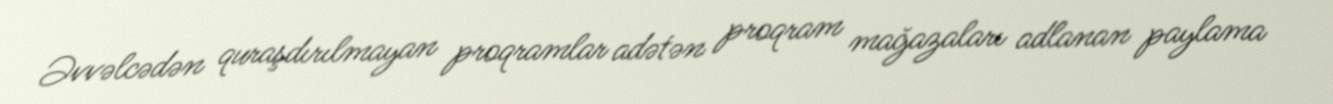
Əvvəlcədən quraşdırılmayan proqramlar adətən proqram mağazaları adlanan paylama